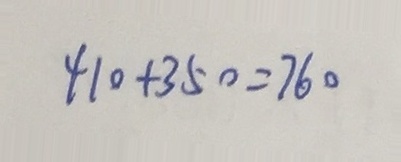
4 1 0 + 3 5 0 = 7 6 0